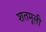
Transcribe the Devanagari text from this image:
शतमूली